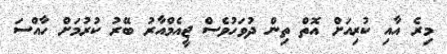
މިރެ އާއި ކުރިއަށް އޮތް ތިން ދުވަހުވެސް ޖީއެމްއާރު ބޭރު ކުރުމަށް ހާއްސަ